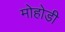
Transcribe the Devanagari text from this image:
मोहोडी